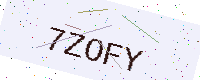
Text: 7ZOFY